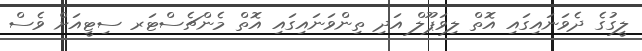
ލީގުގެ ދެވަނައިގައި އޮތް ލިވަޕޫލް އަދި ތިންވަނައިގައި އޮތް މެންޗެސްޓަރ ސިޓީއަށް ވެސް